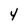
Character: 4